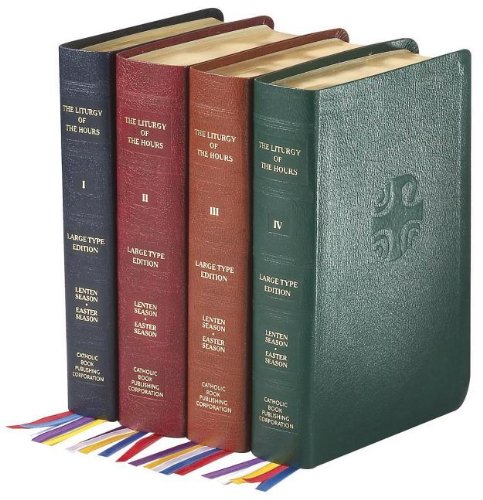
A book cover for Liturgy of the Hours (Set of 4) Large Print; Christian Books & Bibles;